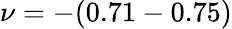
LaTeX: \nu=-(0.71-0.75)